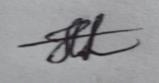
Signature authenticity: genuine